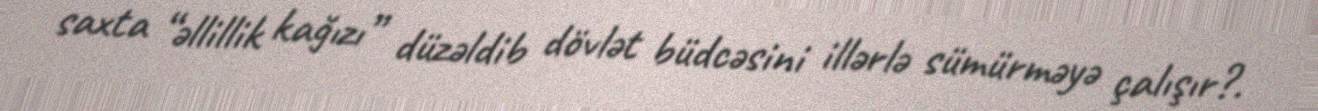
saxta “əllillik kağızı” düzəldib dövlət büdcəsini illərlə sümürməyə çalışır?.